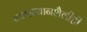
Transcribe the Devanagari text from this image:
व्याख्यानशैलीही